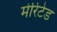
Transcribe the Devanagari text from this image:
मेरिटेड